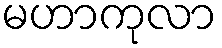
မဟာကုလာ